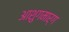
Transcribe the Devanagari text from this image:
आशुगमार्ग